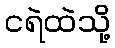
ငရဲထဲသို့